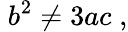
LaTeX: \; b^{2}\neq 3ac\; ,